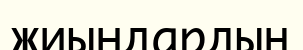
жиындардың